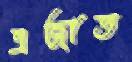
এজাত